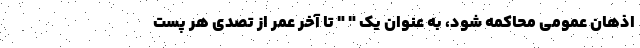
اذهان عمومی محاکمه شود، به عنوان یک " " تا آخر عمر از تصدی هر پست